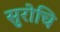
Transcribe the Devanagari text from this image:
सुरोचि